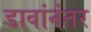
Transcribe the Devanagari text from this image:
डावांनंतर